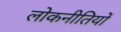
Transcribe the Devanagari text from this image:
लोकनीतियों